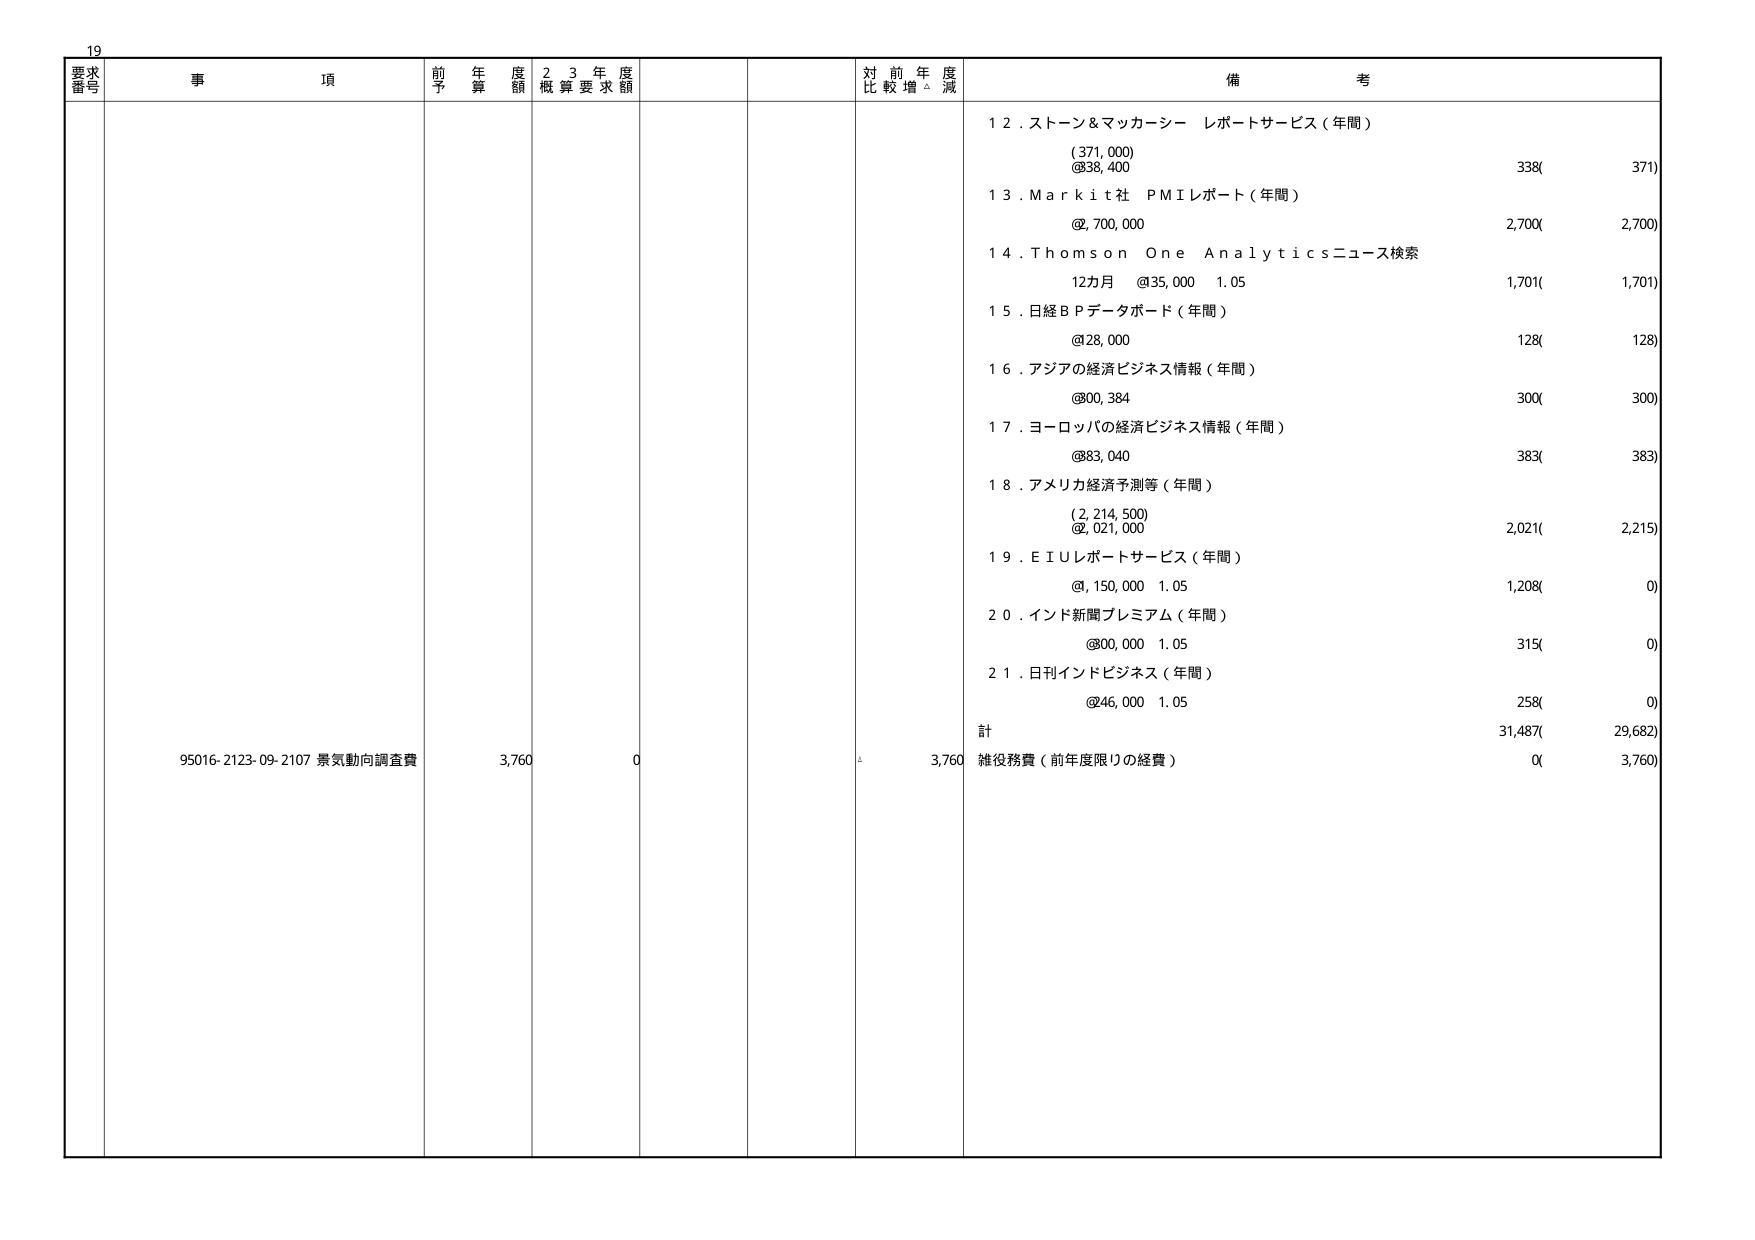
19
要求番号
事項
前年度予算額
23年度概算要求額
対前年度比較増減
備考
12. ストーン＆マッカーシー レポートサービス（年間）
(371,000)
@38,400
338( 371)
13. Markit社 PMIレポート（年間）
@,700,000
2,700( 2,700)
14. Thomson One Analyticsニュース検索
12カ月 @35,000 1.05
1,701( 1,701)
15. 日経BPデータボード（年間）
@28,000
128( 128)
16. アジアの経済ビジネス情報（年間）
@00,384
300( 300)
17. ヨーロッパの経済ビジネス情報（年間）
@83,040
383( 383)
18. アメリカ経済予測等（年間）
(2,214,500)
@,021,000
2,021( 2,215)
19. EIUレポートサービス（年間）
@,150,000 1.05
1,208( 0)
20. インド新聞プレミアム（年間）
@00,000 1.05
315( 0)
21. 日刊インドビジネス（年間）
@46,000 1.05
258( 0)
計
31,487( 29,682)
95016-2123-09-2107 景気動向調査費
3,760
0
3,760
雑役務費（前年度限りの経費）
0( 3,760)